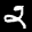
Label: 2